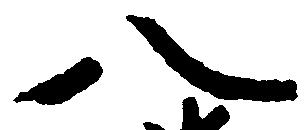
八